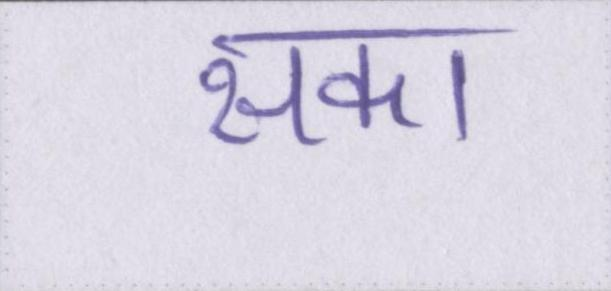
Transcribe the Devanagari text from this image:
सका